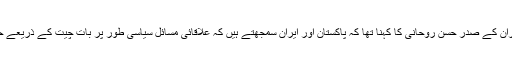
دوسری جانب ایران کے صدر حسن روحانی کا کہنا تھا کہ پاکستان اور ایران سمجھتے ہیں کہ علاقائی مسائل سیاسی طور پر بات چیت کے ذریعے حل ہو سکتے ہیں۔